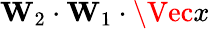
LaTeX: \mathbf{W}_{2}\cdot\mathbf{W}_{1}\cdot\Vec{x}